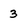
Character: 3